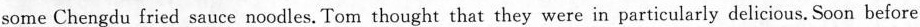
some Chengdu fried sauce noodles. Tom thought that they were in particularly delicious. Soon before